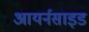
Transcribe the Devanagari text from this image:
आयर्नसाइड